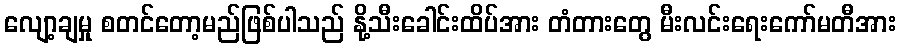
လျော့ချမှု စတင်တော့မည်ဖြစ်ပါသည် နို့သီးခေါင်းထိပ်အား တံတားတွေ မီးလင်းရေးကော်မတီအား